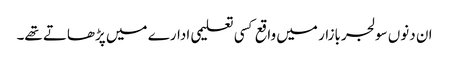
ان دنوں سولجربازار میں واقع کسی تعلیمی ادارے میں پڑھاتے تھے۔